NAE_kihelkonnakohtute_kirjad_ja_protokollid_1869-1889, lk 5
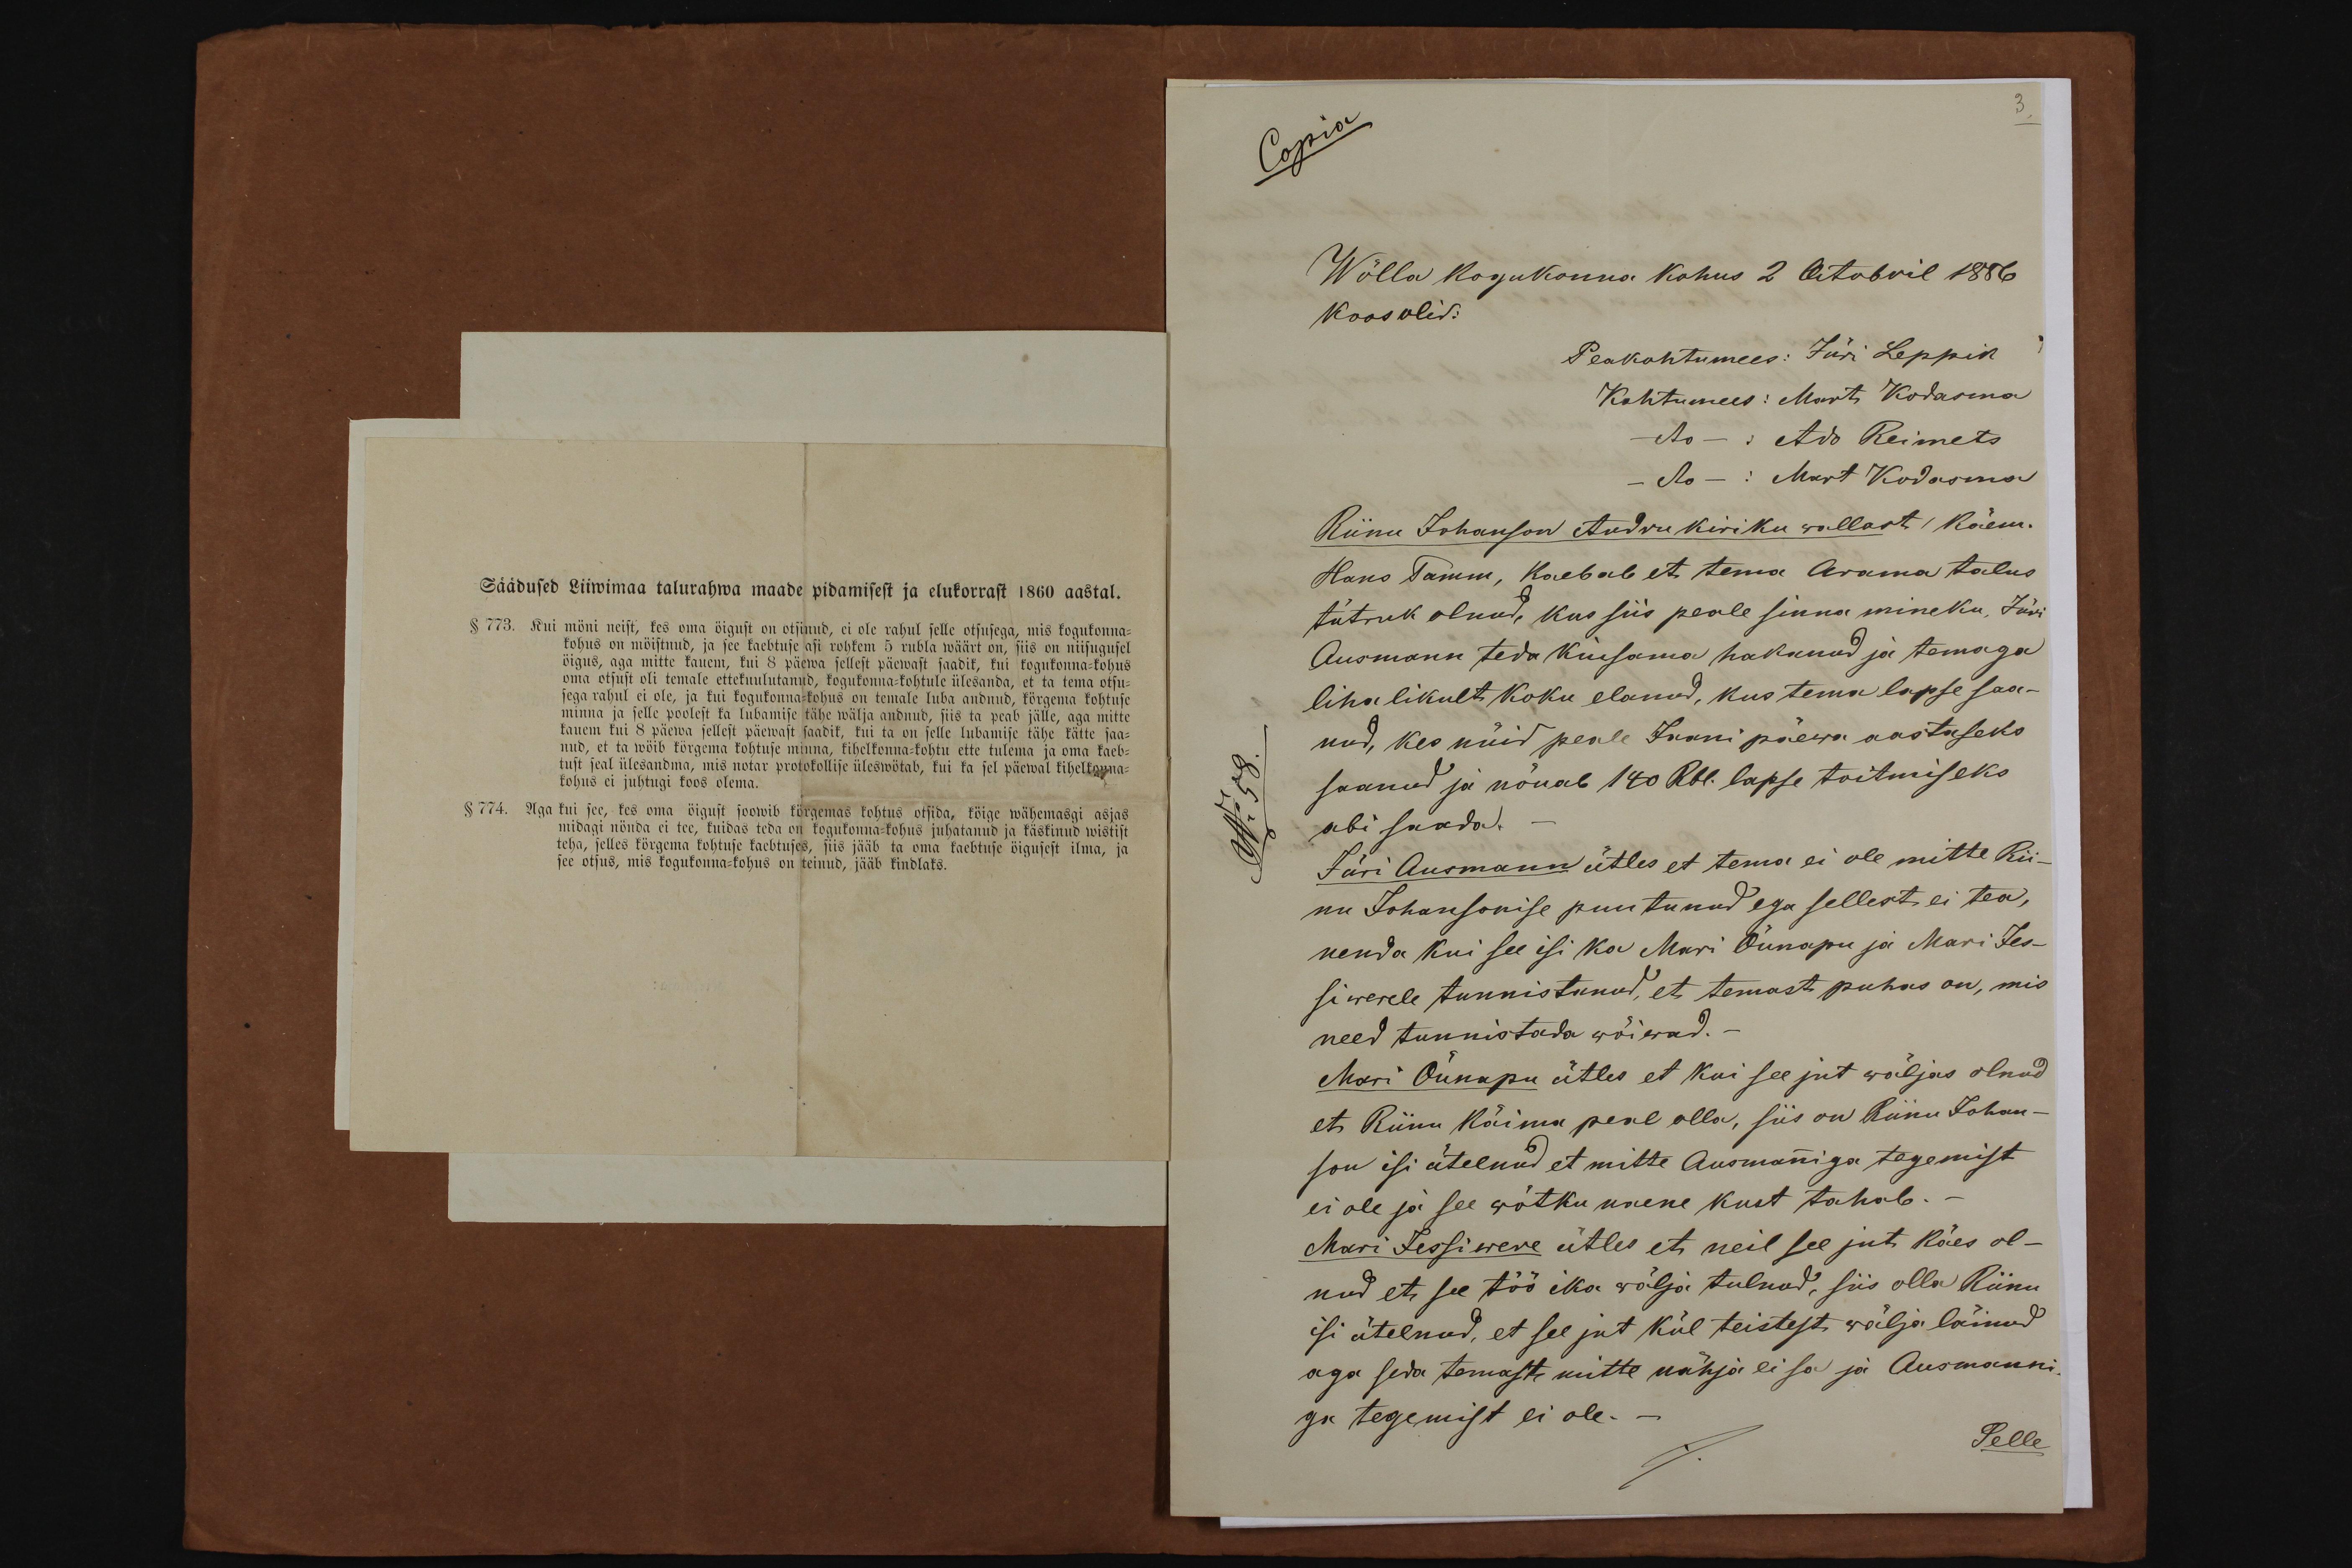
Copia
Wõlla kogukonna kohus 2 Octobril 1886
koos olid:
Peakohtumees: Jüri Leppik
Riinu Johanson Andru kiriku wallast, käem.
Hans Tämm, kaebab et tema Arama talus
tütruk olnud, kus siis peale sinna mineku, Jüri
Ausmann teda kiusama hakanud ja temaga
lihalikult koku elanud, kus tema lapse saa-
nud, kes nüid peale Jaani päewa aastaseks
saanud ja nõuab 140 Rbl. lapse toitmiseks
abi saada.
Jüri Ausmann ütles et tema ei ole mitte Rii-
nu Johansonise puutunud ega sellest ei tea,
nenda kui see isi ka Mari Õunapu ja Mari Jes-
siwerele tunnistanud, et temast puhas on, mis
need tunnistada wõiwad.-
Mari Õunapu ütles et kui see jut wäljas olnud
et Riinu käima peal olla, siis on Riinu Johan-
son isi ütelnud et mitte Ausmaniga tegemist
ei ole ja see wõtku naene kust tahab.
Mari Jessiwere ütles et neil see jut käes ol-
nud et see töö ika wälja tulnud, siis olla Riinu
isi ütelnud, et see jut kül teistest, wälja läinud
aga seda temaste mitte nähja ei sa ja Ausmanni-
ga tegemist ei ole.-
Selle